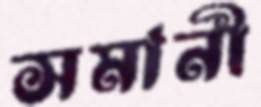
সমানী